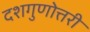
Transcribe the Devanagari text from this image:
दशगुणोत्तरी